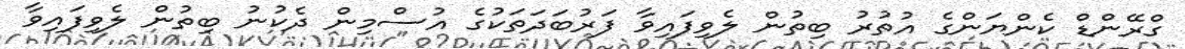
ގްރޭންޑް ކެންޔަންގެ އުތުރު ބިތުން ލެވިފައިވާ ފަރުބަދަތަކުގެ އުސްމިން ދެކުނު ބިތުން ލެވިފައިވާ